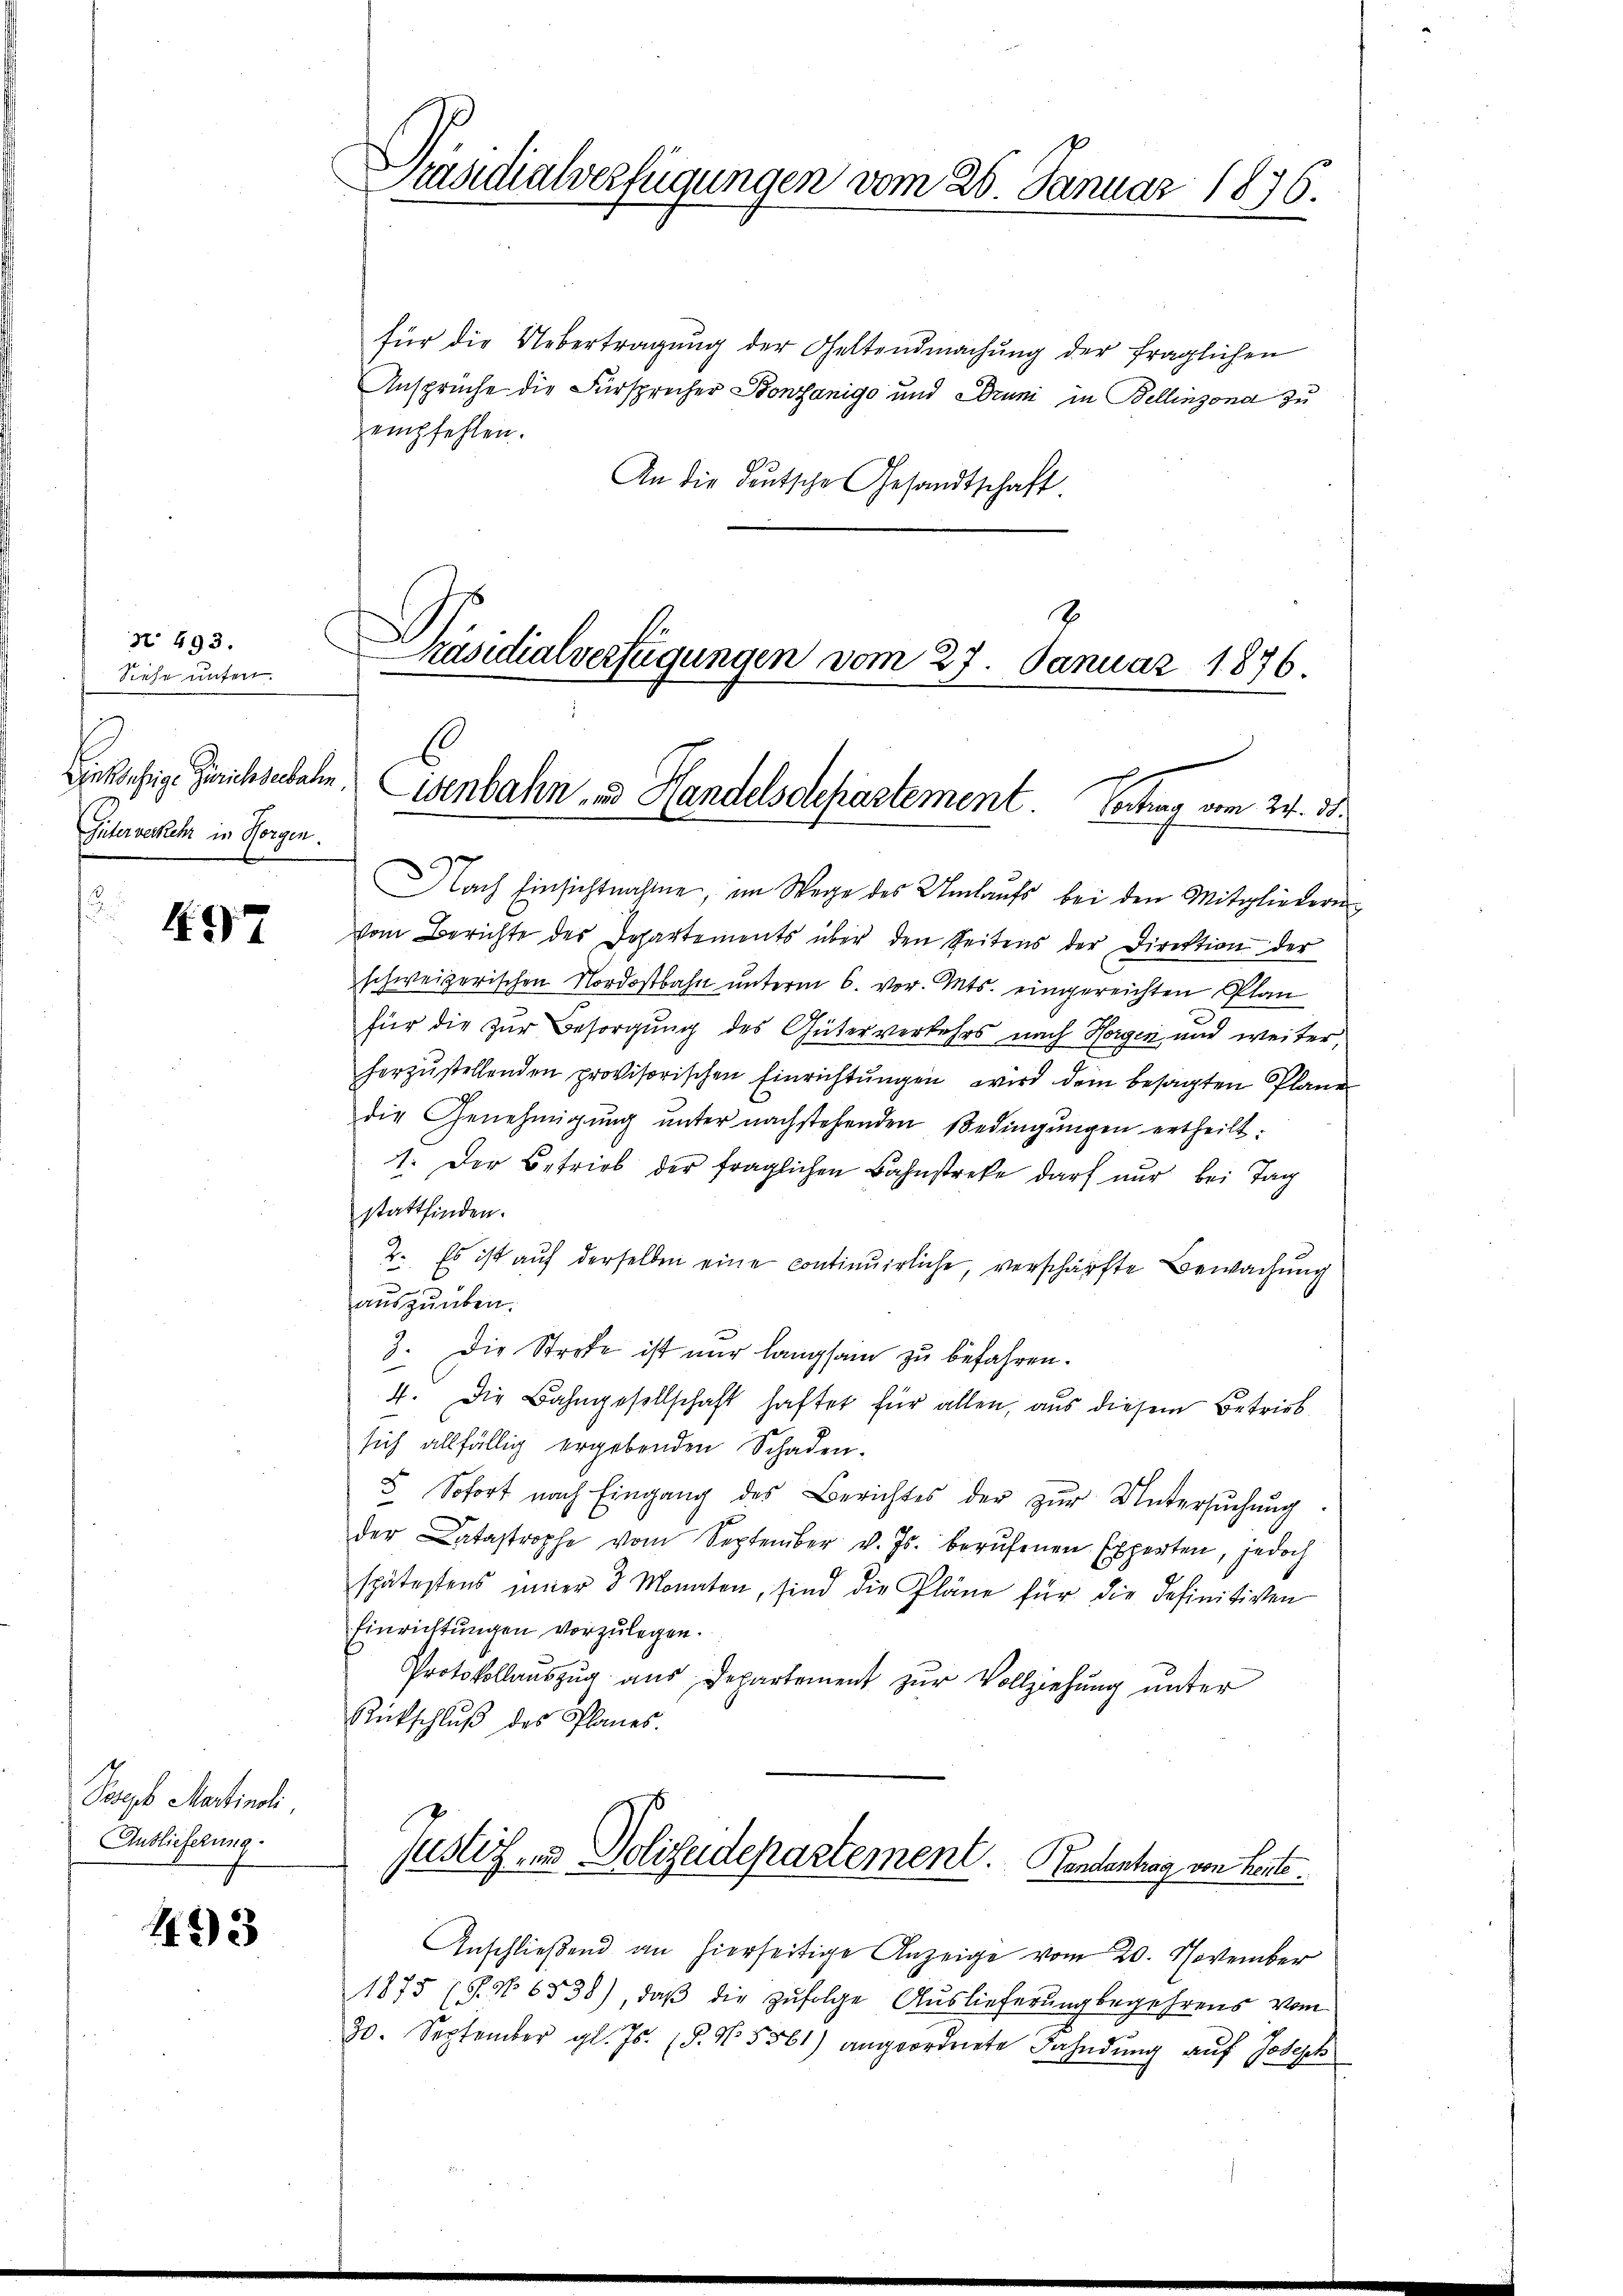
Nr. 493.
Siehe unter.
Vinkufrige Zürichseebahn,
Güterverkehr in Horgen.

47

Poepb Martinali,
Auslieferung.

123

für die Uebertragung der Geltendmachŭng der fraglichen
Anspruche die Fürsprecher Bonsanige und Druni in Bellinzond zu
empfehlen.
An die deutsche Gesandtschaft
Nach Einsichtnahme, im Wege des Umlaufs bei den Mitgliedern
vom Berichte des Departements über den Seitens der Direktion der
schweizerischen Nordostbahn unterm 6. vor. Mts. eingereichten Plan
für die zur Besorgung des Güterverkehrs nach Horgen und weiter
horzŭstellenden provisorischen Einrichtŭngen wird dem besagten Plane
die Genehmigŭng ŭnter nachstehenden Bedingŭngen ertheilt:
1. Der Betrieb der fraglichen Bahnstreke darf nŭr bei Tag
stattfinden.
2. Es ist auf derselben eine continuirliche, verschärfte Bewachung
auszuüben.
3. Die Strafe ist nur langsam zu befahren.
4. Die Bahngesellschaft haftet für allen, aus diesem Betrieb
sich allfällig ergebenden Schaden.
 Sofort nach Eingang des Berichtes der zŭr Untersŭchŭng
der Catastrophe vom September v. Js. berŭfenen Experten, jedoch
spätestens inner 3 Monaten, sind die Pläne für die Definitiven
Einrichtungen vorzulegen.
Protokollauszug aus Departement zur Vollziehung unter
Rückschlŭβ des Planes.
Justiz- u Polizeidepartement. Handentrag von heute.
Anschlieβend an hierseitige Anzeige vom 20. November
1875 (s. No 6538), daß die zufolge Auslieferung begehrens vom
30. September gl. Js. (§. No. 5561) angeordnete Fahndung auf Joseph

Präsidialverfügungen vom 26. Januar 1876.

Präsidialverfügungen vom 27. Januar 1876.

isenbahn und Handelsdepartement. Hochag vom 24. d.